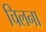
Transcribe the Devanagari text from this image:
चिलना